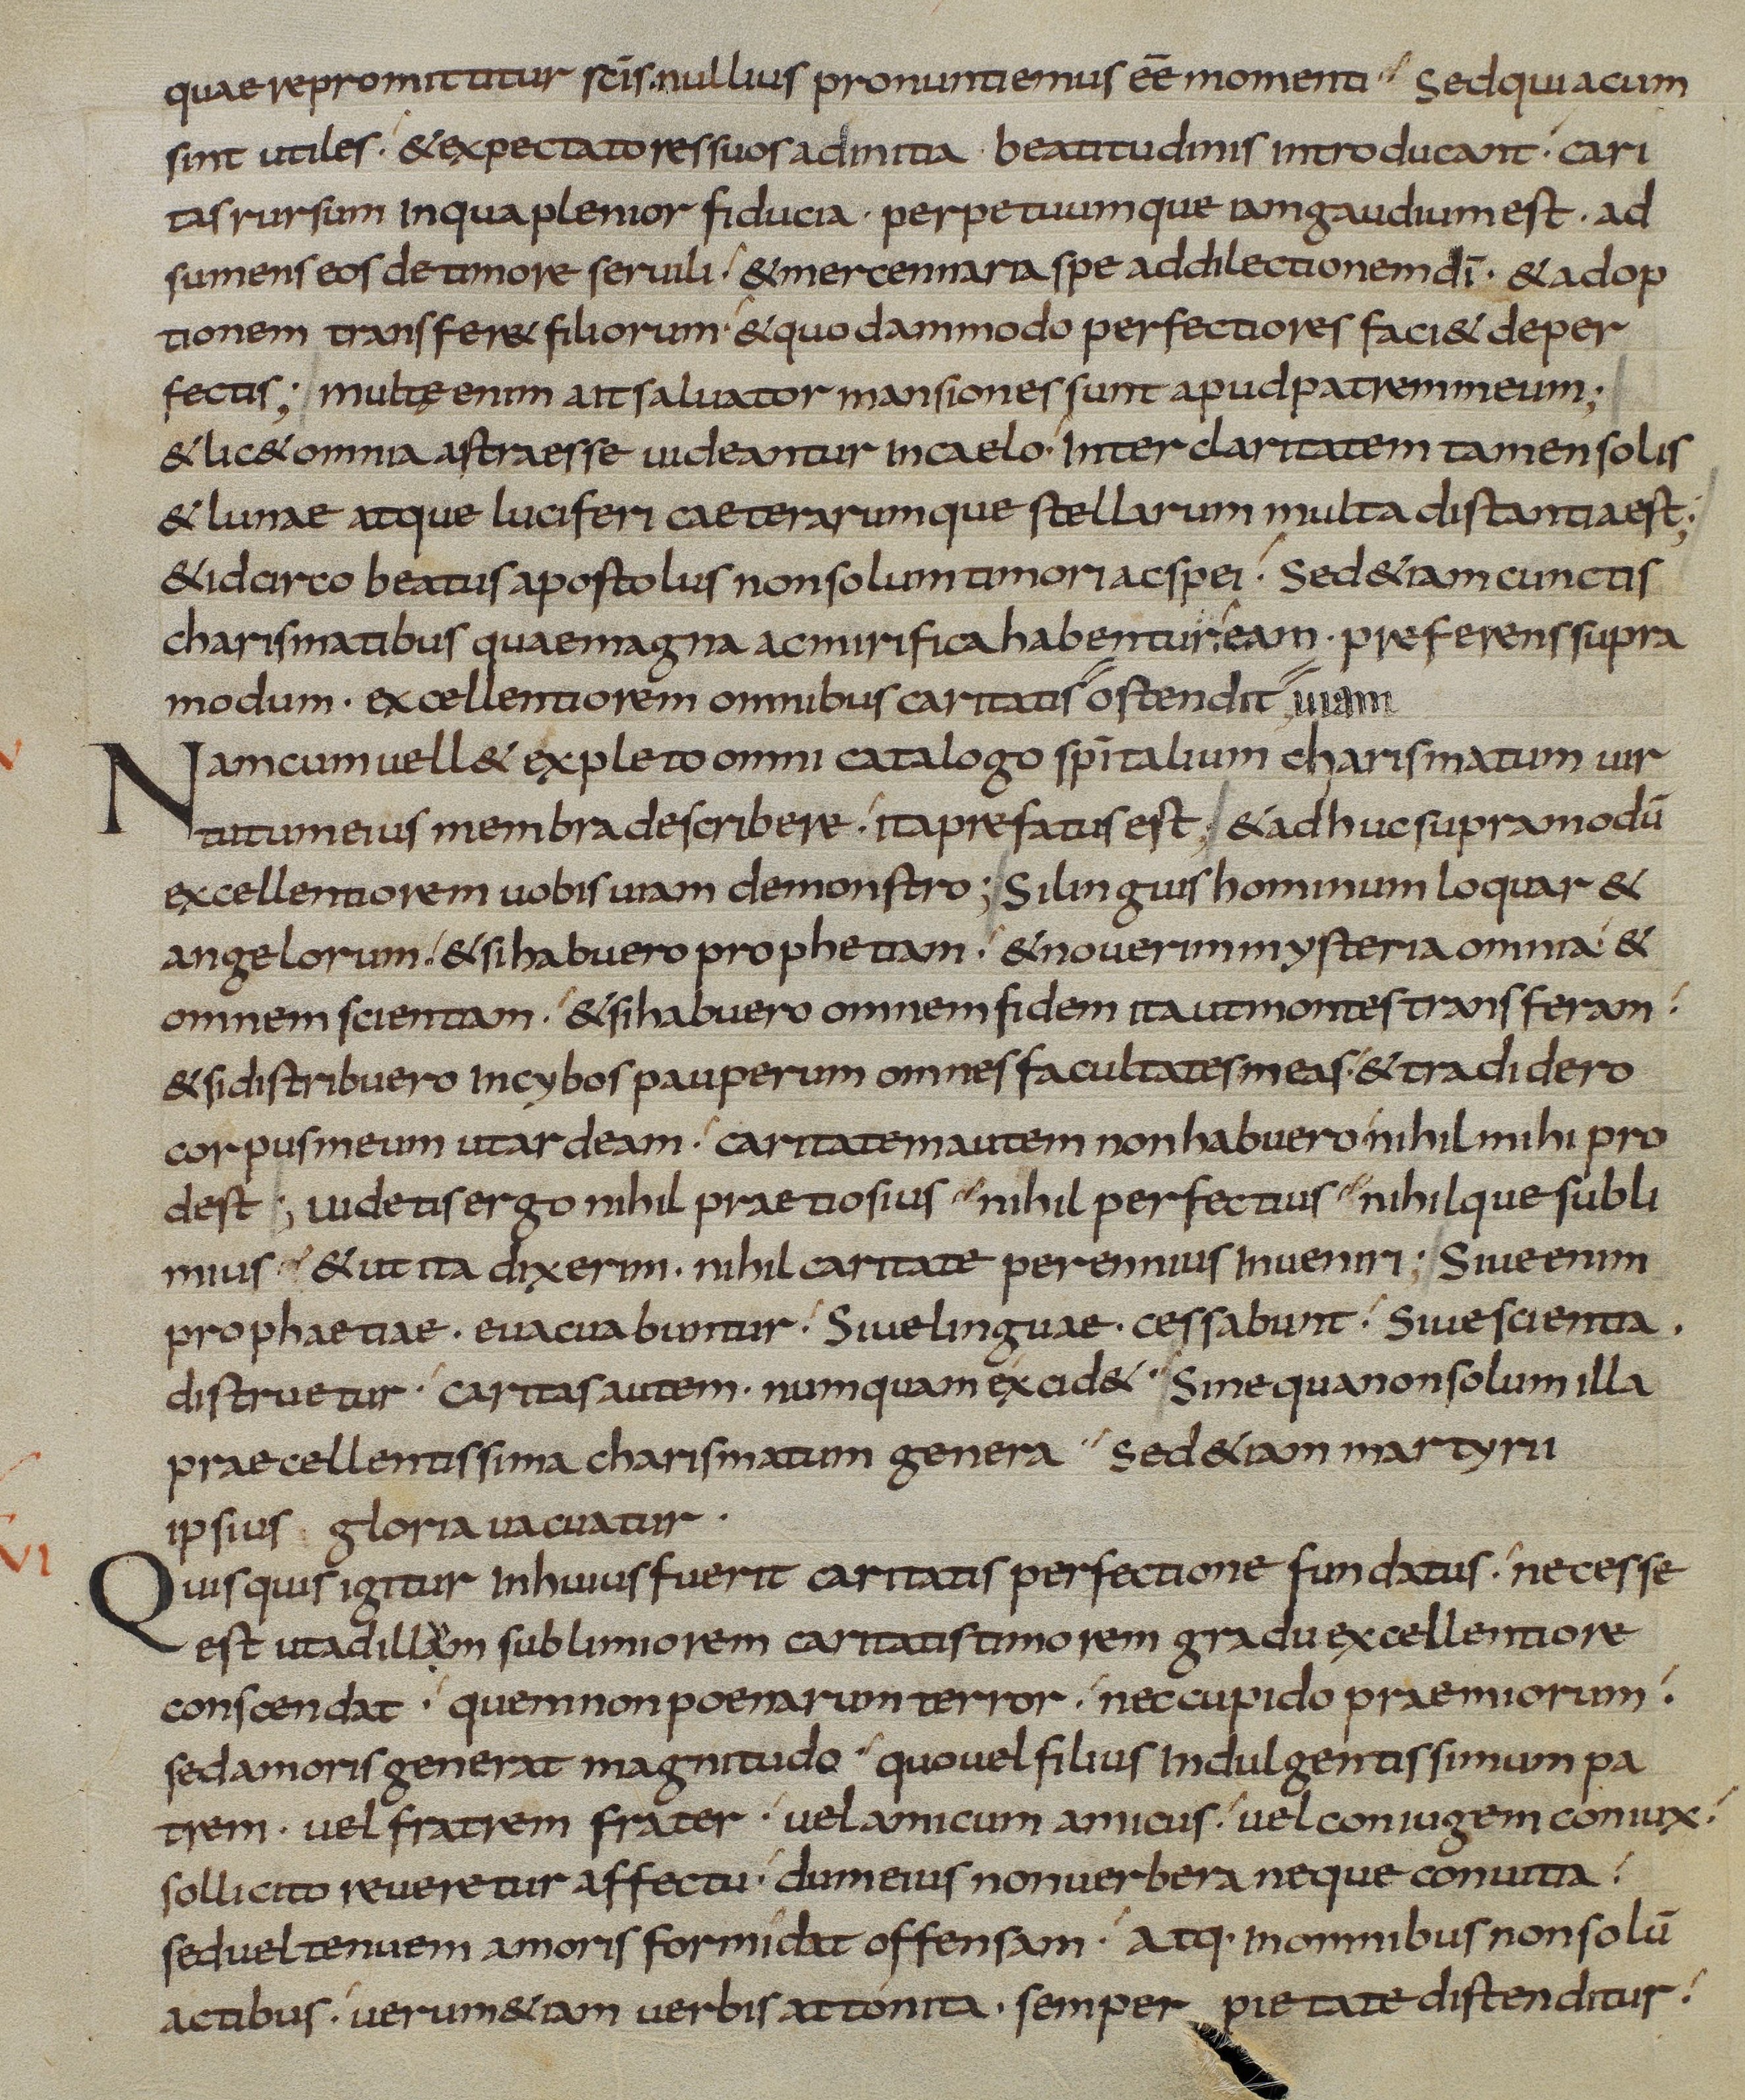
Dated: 833–865